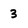
Character: 3